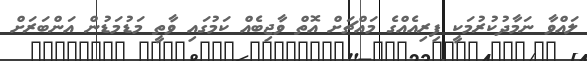
ލައްވާ ނަމާދުކުރުމަކީ ފިރިއެއްގެ މައްޗަށް އޮތް ވާޖިބެއް ކަމުގައި ވާތީ މަޑުމަޑުން އަންބަރަށް